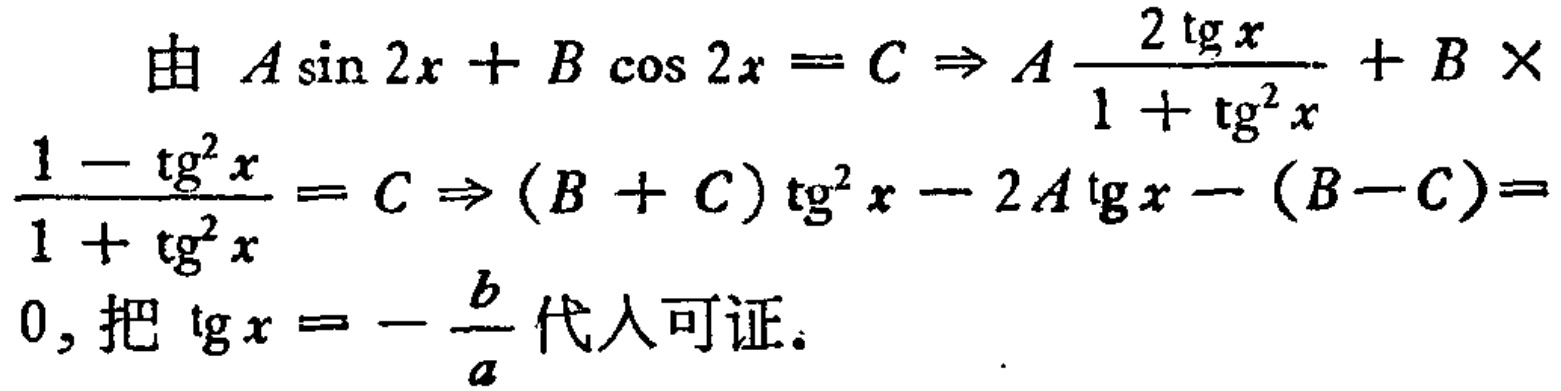
由 \(A\sin 2x + B\cos 2x = C \Rightarrow A\frac{2\mathrm{tg}x}{1 + \mathrm{tg}^{2}x}+ B\times\frac{1 - \mathrm{tg}^{2}x}{1 + \mathrm{tg}^{2}x}= C \Rightarrow (B + C)\mathrm{tg}^{2}x - 2A\mathrm{tg}x - (B - C)= 0\)，把 \(\mathrm{tg}x = -\frac{b}{a}\) 代入可证。